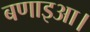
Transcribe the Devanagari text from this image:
बणाइआ।